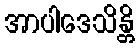
အာပါဒေသိန္တိ